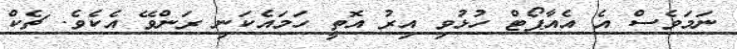
ނަމަވެސް އެ އެއާޕޯޓް ހުޅުވި އިރު އޮތީ ހަމައެކަނި ރަންވޭ އެކެވެ. ޗެކް